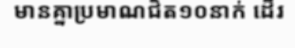
មានគ្នាប្រមាណជិត១០នាក់ ដើរ